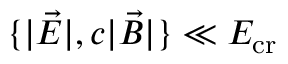
\{ | \vec { E } | , c | \vec { B } | \} \ll E _ { \mathrm { c r } }